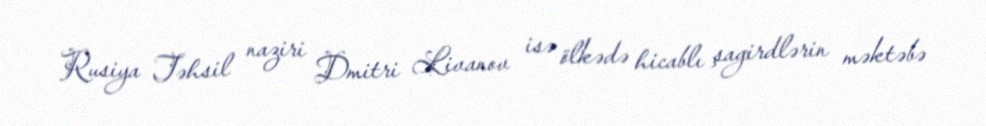
Rusiya Təhsil naziri Dmitri Livanov isə ölkədə hicablı şagirdlərin məktəbə